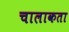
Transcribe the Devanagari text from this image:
चालाकता